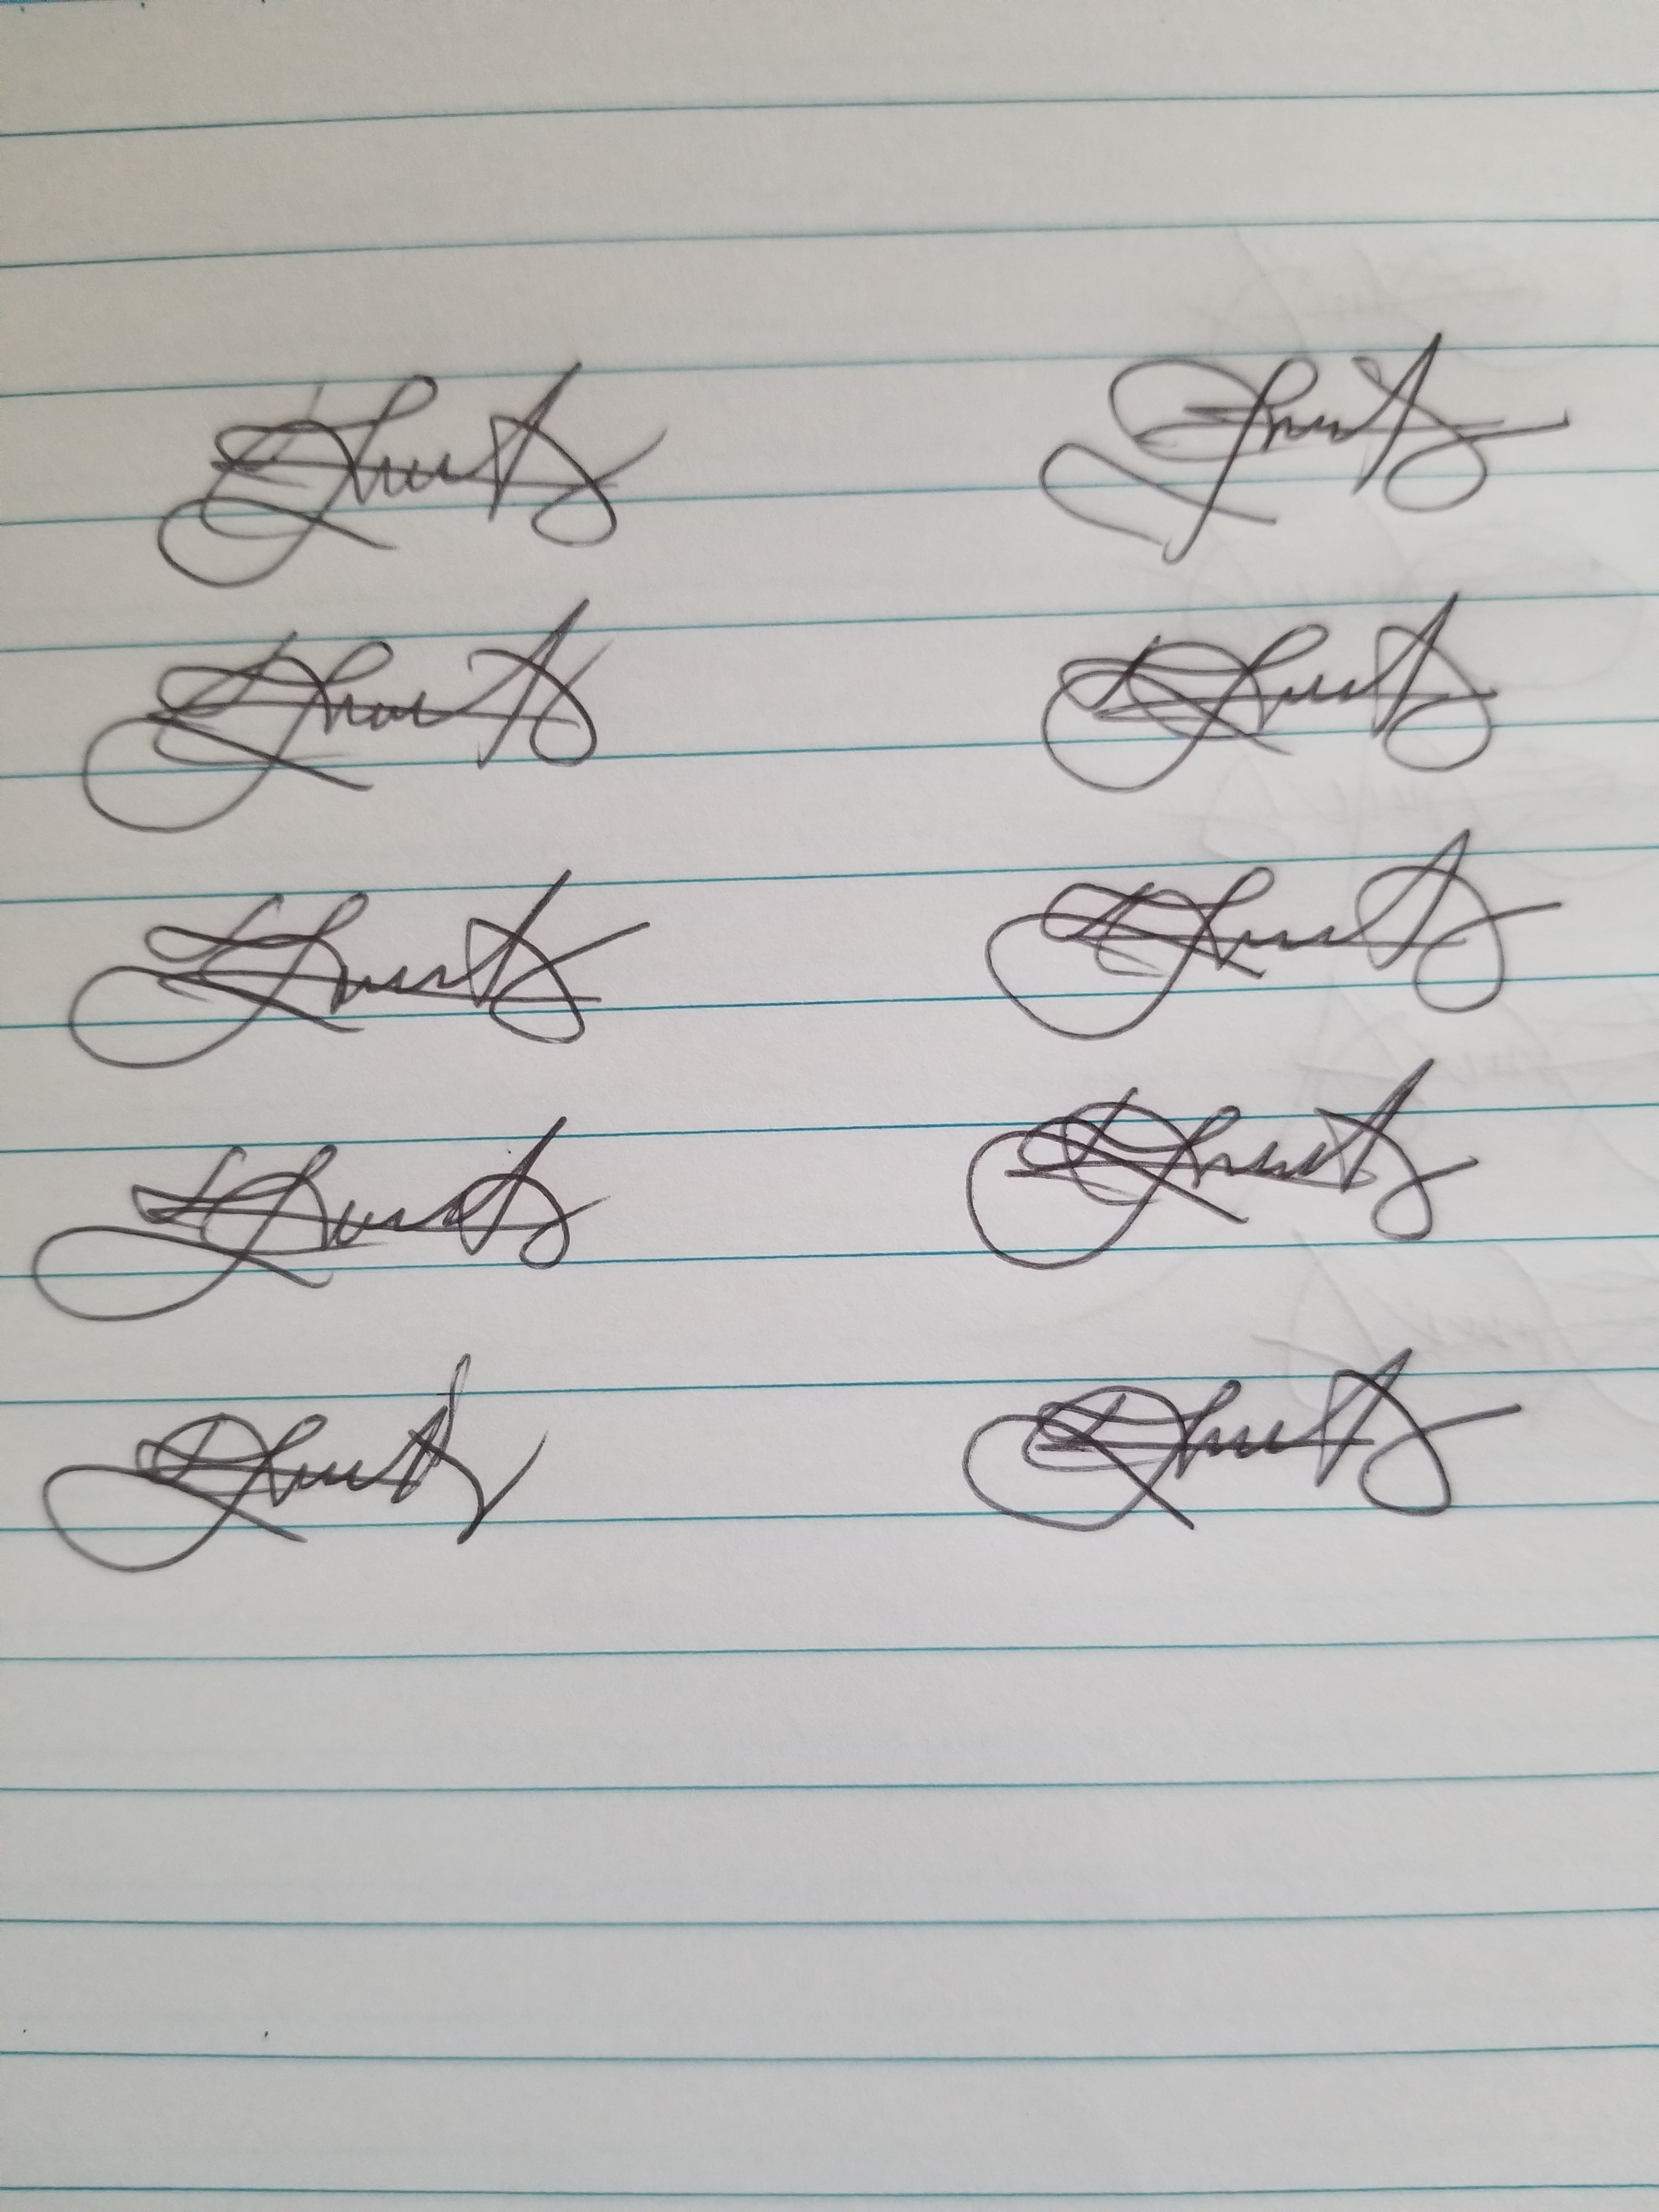
Signature authenticity: genuine